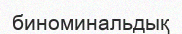
биноминальдық